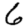
Digit: 6